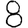
Digit: 8